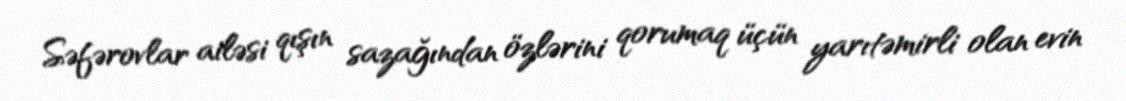
Səfərovlar ailəsi qışın sazağından özlərini qorumaq üçün yarıtəmirli olan evin